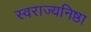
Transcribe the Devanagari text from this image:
स्वराज्यनिष्ठा